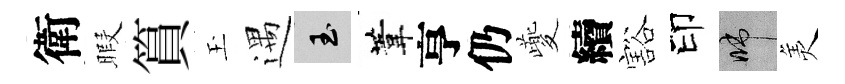
衛暇篔玉遇玉葦亨仍夔續豁印啼羙